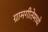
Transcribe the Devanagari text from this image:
ग्रामगीतेमध्ये